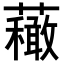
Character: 𧄆